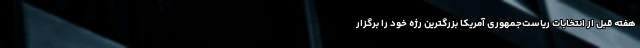
هفته قبل از انتخابات ریاست‌جمهوری آمریکا بزرگترین رژه خود را برگزار